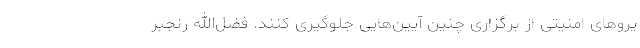
یروهای امنیتی از برگزاری چنین آیین‌هایی جلوگیری کنند. فضل‌الله رنجبر